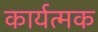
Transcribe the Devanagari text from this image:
कार्यत्मक